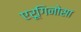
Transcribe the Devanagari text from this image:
एरूगिनोसा